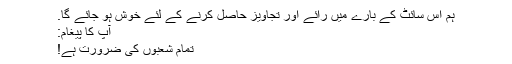
ہم اس سائٹ کے بارے میں رائے اور تجاویز حاصل کرنے کے لئے خوش ہو جائے گا.
آپ کا پیغام:
تمام شعبوں کی ضرورت ہے!